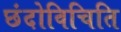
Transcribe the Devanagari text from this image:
छंदोविचिति